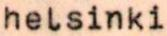
helsinki